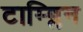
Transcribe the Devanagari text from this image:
टाम्ब्लिन